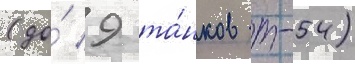
(до́ 9 та́нков т-54)